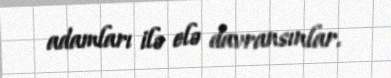
adamları ilə elə davransınlar.